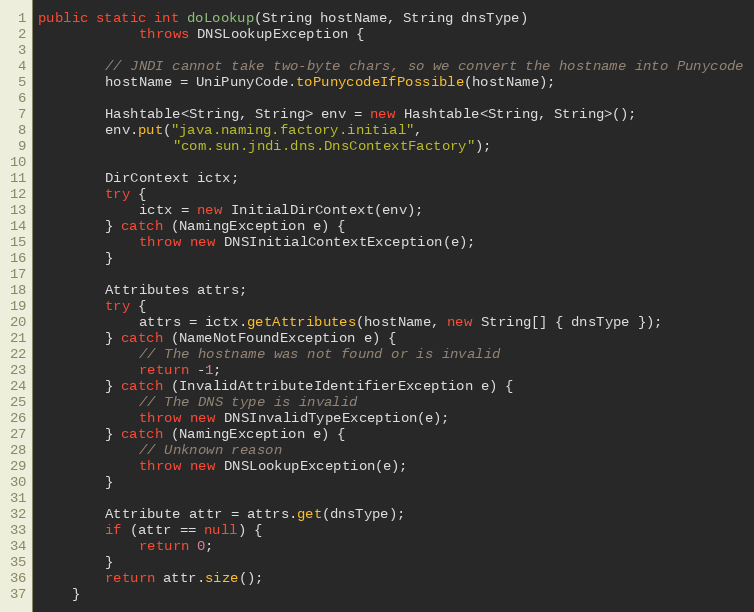
Language: Java
public static int doLookup(String hostName, String dnsType)
			throws DNSLookupException {

		// JNDI cannot take two-byte chars, so we convert the hostname into Punycode
		hostName = UniPunyCode.toPunycodeIfPossible(hostName);

		Hashtable<String, String> env = new Hashtable<String, String>();
		env.put("java.naming.factory.initial",
				"com.sun.jndi.dns.DnsContextFactory");

		DirContext ictx;
		try {
			ictx = new InitialDirContext(env);
		} catch (NamingException e) {
			throw new DNSInitialContextException(e);
		}

		Attributes attrs;
		try {
			attrs = ictx.getAttributes(hostName, new String[] { dnsType });
		} catch (NameNotFoundException e) {
			// The hostname was not found or is invalid
			return -1;
		} catch (InvalidAttributeIdentifierException e) {
			// The DNS type is invalid
			throw new DNSInvalidTypeException(e);
		} catch (NamingException e) {
			// Unknown reason
			throw new DNSLookupException(e);
		}

		Attribute attr = attrs.get(dnsType);
		if (attr == null) {
			return 0;
		}
		return attr.size();
	}